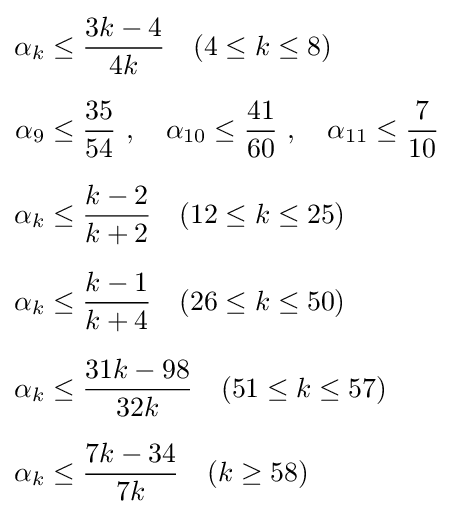
{\begin{aligned}\alpha _{k}&\leq {\frac {3k-4}{4k}}\quad (4\leq k\leq 8)\\[6pt]\alpha _{9}&\leq {\frac {35}{54}}\ ,\quad \alpha _{10}\leq {\frac {41}{60}}\ ,\quad \alpha _{11}\leq {\frac {7}{10}}\\[6pt]\alpha _{k}&\leq {\frac {k-2}{k+2}}\quad (12\leq k\leq 25)\\[6pt]\alpha _{k}&\leq {\frac {k-1}{k+4}}\quad (26\leq k\leq 50)\\[6pt]\alpha _{k}&\leq {\frac {31k-98}{32k}}\quad (51\leq k\leq 57)\\[6pt]\alpha _{k}&\leq {\frac {7k-34}{7k}}\quad (k\geq 58)\end{aligned}}